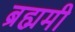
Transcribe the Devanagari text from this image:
ब्रह्ममी